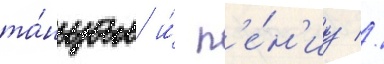
та́нцам и́ п'е́н'иу //